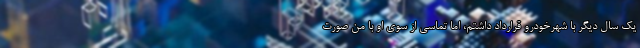
یک سال دیگر با شهرخودرو قرارداد داشتم، اما تماسی از سوی او با من صورت